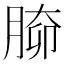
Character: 𦝐